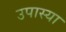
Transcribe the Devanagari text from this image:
उपास्या